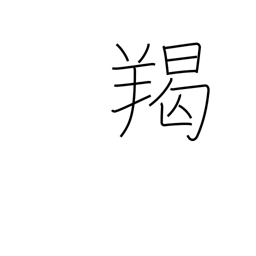
Meaning: barbarian